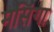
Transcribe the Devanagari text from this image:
मसिंगा